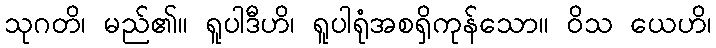
သုဂတိ၊ မည်၏။ ရူပါဒီဟိ၊ ရူပါရုံအစရှိကုန်သော။ ဝိသ ယေဟိ၊